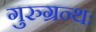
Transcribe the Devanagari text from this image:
गुरुग्रन्थः